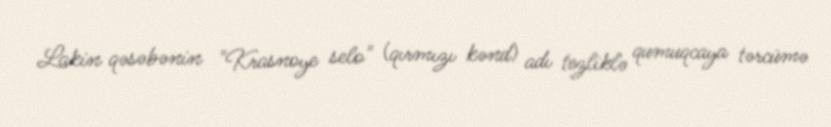
Lakin qəsəbənin "Krasnoye selo" (qırmızı kənd) adı tezliklə qumuqcaya tərcümə